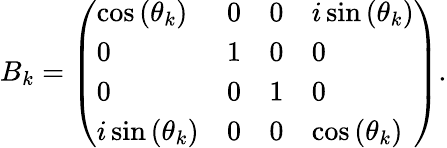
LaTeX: B_{k}=\left(\begin{array}{llll}{\cos{(\theta_{k})}}&{0}&{0}&{i\sin{(\theta_{k})}}\\ {0}&{1}&{0}&{0}\\ {0}&{0}&{1}&{0}\\ {i\sin{(\theta_{k})}}&{0}&{0}&{\cos{(\theta_{k})}}\end{array}\right).